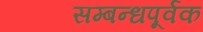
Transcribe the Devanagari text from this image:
सम्बन्धपूर्वक